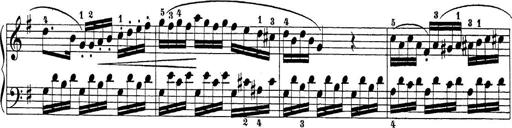
Title: Sonatina Album
Composer: Louis KÃ¶hler